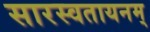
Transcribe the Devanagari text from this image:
सारस्वतायनम्